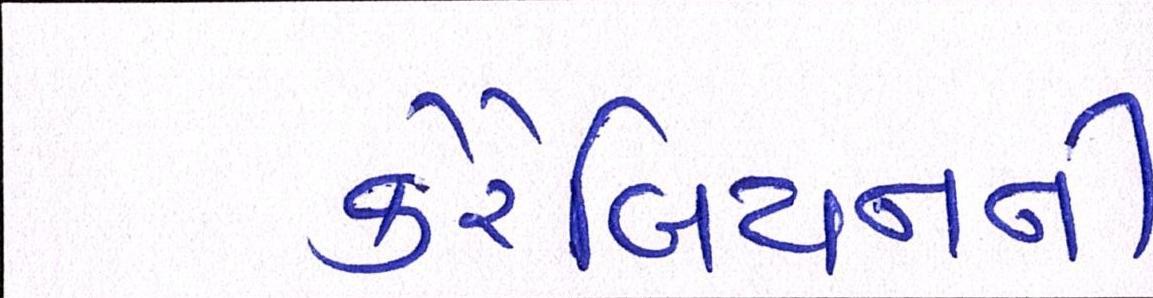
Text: કેરેબિયનની